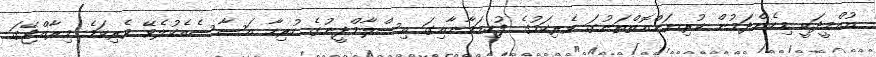
އުއްމީދަކީ މިހެންދަމުން ކުރިޔަށްއޮތްތަނުގަ ވެރިކަމުގެ ފުހިމަމާނާއިގަ އިސްލާމްދީނުގެ ހުރިހާ އަސާސެއެކުލެވޭ ވެރިކަމެ މިރާއްޖޭގަ